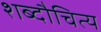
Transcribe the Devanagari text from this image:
शब्दौचित्य